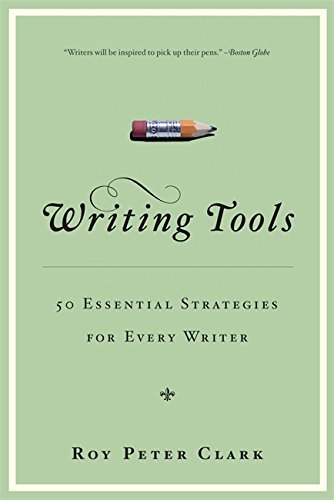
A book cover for Writing Tools: 50 Essential Strategies for Every Writer; Roy Peter Clark; Reference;